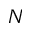
N